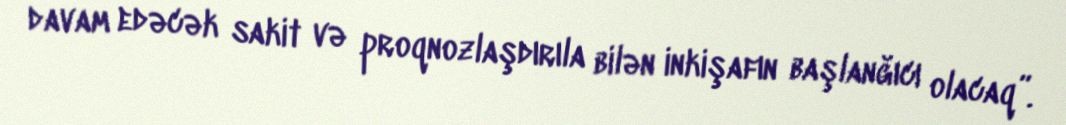
davam edəcək sakit və proqnozlaşdırıla bilən inkişafın başlanğıcı olacaq”.